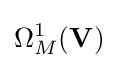
\Omega _{M}^{1}(\mathbf {V} )